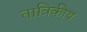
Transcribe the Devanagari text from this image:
तात्रिकीय